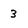
Character: 3